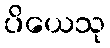
ပိယေသု